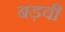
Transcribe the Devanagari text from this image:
बड़वी